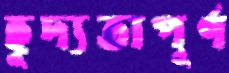
হূদ্যতাপূর্ণ